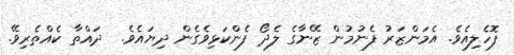
ފޮހެލިއެވެ. އެމަންޒަރު ފެނުމުން ޒޭނާގެ ލެދޯ ފެންކަޅިވެގެން ދިޔައެވެ.  ދައްތާ ކެއްތެރިވޭ.